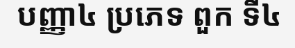
បញ្ញា៤ ប្រភេទ ពួក ទី៤